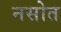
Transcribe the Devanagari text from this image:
नसोत